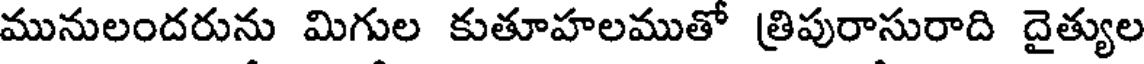
మునులందరును మిగుల కుతూహలముతో త్రిపురాసురాది దైత్యుల